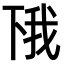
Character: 𫠰